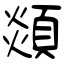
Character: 顃